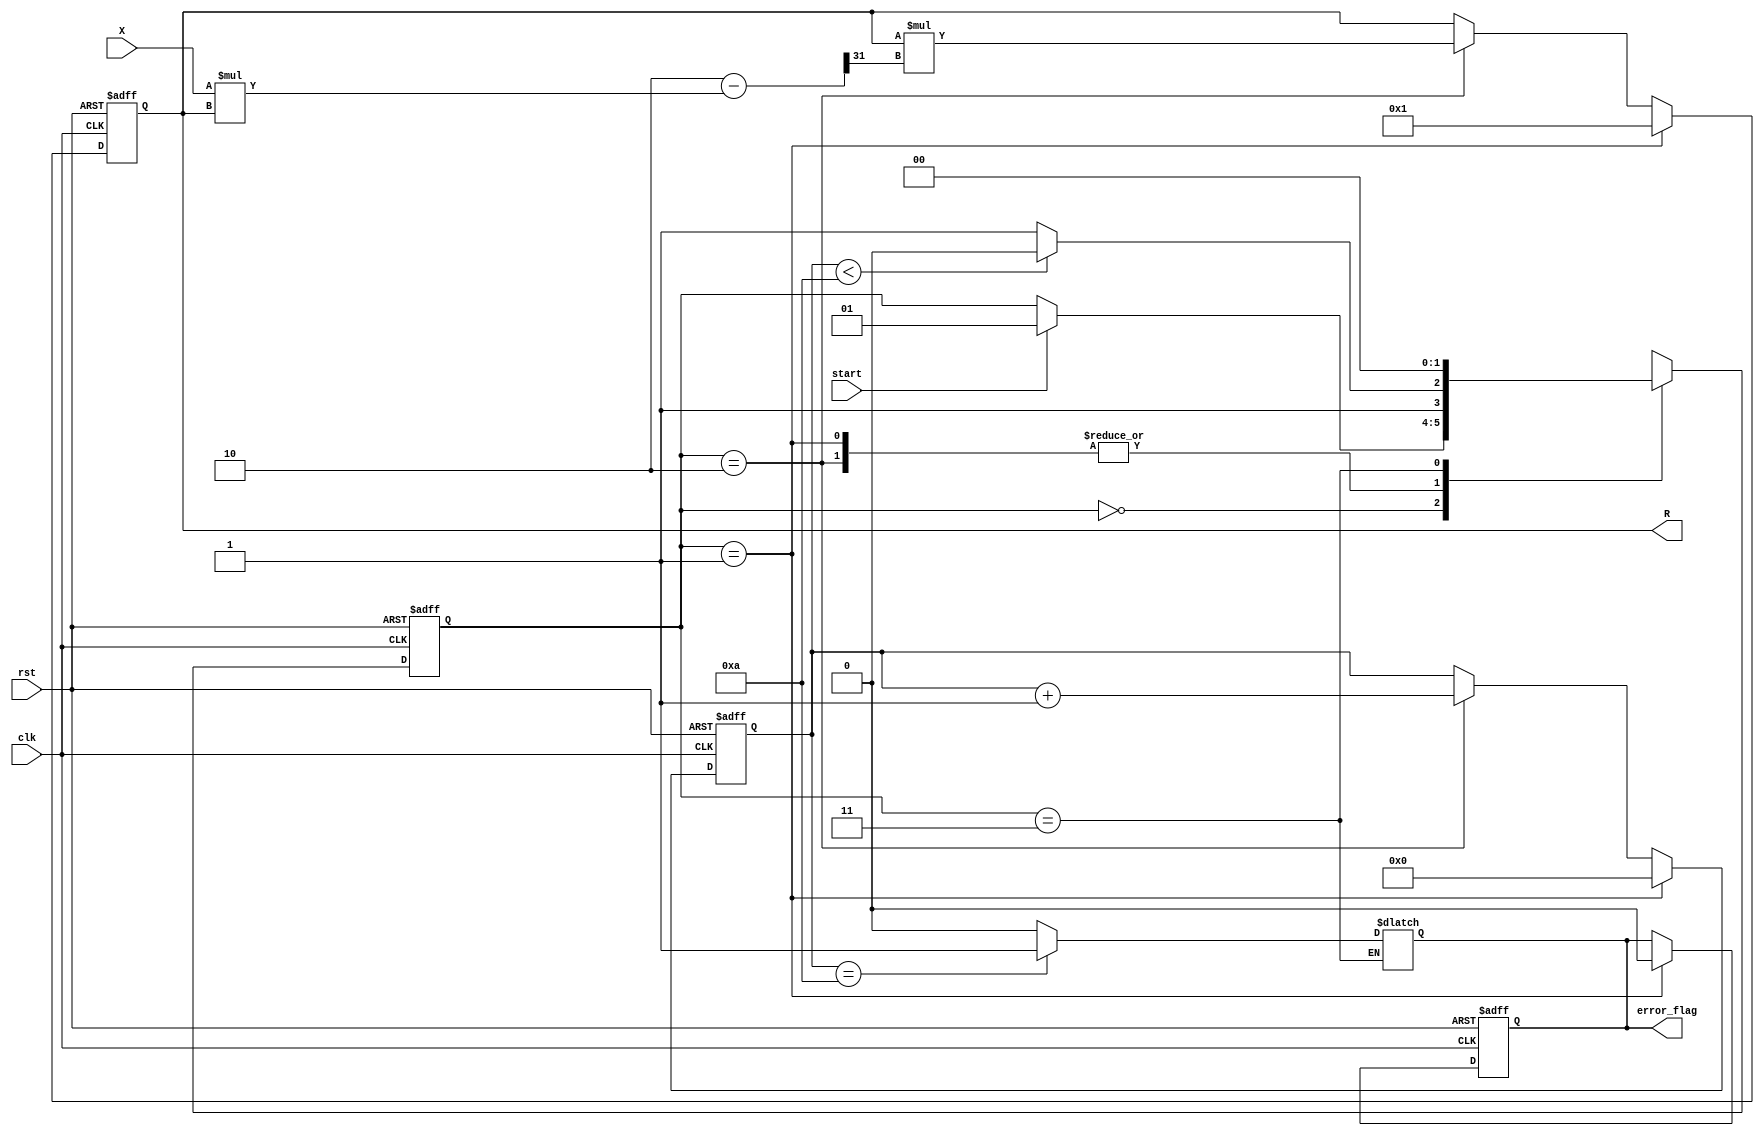
module NewtonRaphsonReciprocal #(
    parameter PRECISION = 32,       // Bit-width for input and output
    parameter MAX_ITERATIONS = 10,   // Maximum number of iterations
    parameter THRESHOLD = 1'b1       // Convergence threshold (in fixed point)
)(
    input  wire clk,                 // Clock signal
    input  wire rst,                 // Asynchronous reset
    input  wire start,               // Start signal for computation
    input  wire [PRECISION-1:0] X,   // Input value for which reciprocal is to be calculated
    output reg [PRECISION-1:0] R,     // Result: computed reciprocal
    output reg error_flag            // Error flag for convergence
);

    reg [PRECISION-1:0] Y, Y_next;   // Current and next estimate
    reg [6:0] iteration_count;        // Iteration counter
    reg [1:0] state, next_state;      // FSM state
    localparam IDLE = 2'b00, INIT = 2'b01, ITERATE = 2'b10, DONE = 2'b11;

    // FSM State Transition
    always @(posedge clk or posedge rst) begin
        if (rst) begin
            state <= IDLE;
            iteration_count <= 0;
            Y <= 0;
            error_flag <= 0;
        end else begin
            state <= next_state;
            if (state == INIT) begin
                Y <= PRECISION'b1; // Initial guess (Y0 = 1)
                iteration_count <= 0;
                error_flag <= 0;
            end else if (state == ITERATE) begin
                Y <= Y_next;
                iteration_count <= iteration_count + 1;
            end
        end
    end

    // Next State Logic
    always @(*) begin
        next_state = state;
        case (state)
            IDLE: begin
                if (start) begin
                    next_state = INIT;
                end
            end
            INIT: begin
                if (iteration_count < MAX_ITERATIONS) begin
                    next_state = ITERATE;
                end else begin
                    next_state = DONE;
                end
            end
            ITERATE: begin
                if (iteration_count < MAX_ITERATIONS) begin
                    next_state = ITERATE;
                end else begin
                    next_state = DONE;
                end
            end
            DONE: begin
                next_state = IDLE;
            end
        endcase
    end

    // Compute next estimate Y_next
    always @(*) begin
        if (state == ITERATE) begin
            Y_next = Y * (2 - (X * Y) >> (PRECISION - 1)); // Y_next = Y * (2 - X * Y)
        end else begin
            Y_next = Y; // Hold value
        end
    end

    // Output Logic
    always @(*) begin
        R = Y; // Assign current estimate to output
        if (state == DONE) begin
            if (iteration_count == MAX_ITERATIONS) begin
                error_flag = 1; // Not converged
            end else begin
                error_flag = 0; // Converged
            end
        end
    end

endmodule